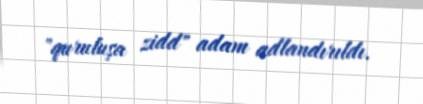
"quruluşa zidd" adam adlandırıldı.